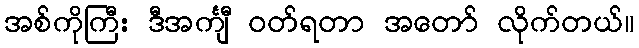
အစ်ကိုကြီး ဒီအင်္ကျီ ဝတ်ရတာ အတော် လိုက်တယ်။